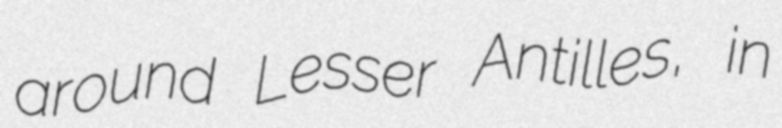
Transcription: around Lesser Antilles, in